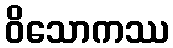
ဝိသောကဿ